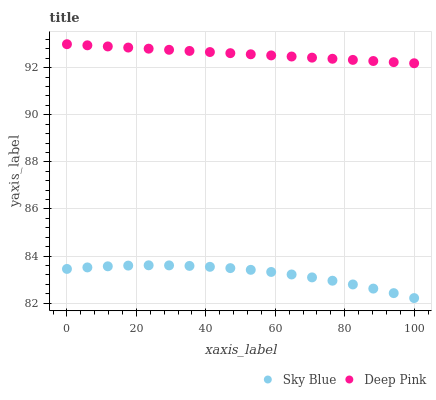
| xaxis_label | Sky Blue | Deep Pink |
 | --- | --- | --- |
 | 0 | 83.5 | 93 |
 | 5.88 | 83.5 | 93 |
 | 11.8 | 83.6 | 92.9 |
 | 17.6 | 83.6 | 92.9 |
 | 23.5 | 83.6 | 92.8 |
 | 29.4 | 83.6 | 92.8 |
 | 35.3 | 83.6 | 92.7 |
 | 41.2 | 83.5 | 92.7 |
 | 47.1 | 83.5 | 92.6 |
 | 52.9 | 83.4 | 92.6 |
 | 58.8 | 83.3 | 92.5 |
 | 64.7 | 83.2 | 92.5 |
 | 70.6 | 83.1 | 92.4 |
 | 76.5 | 83 | 92.4 |
 | 82.4 | 82.8 | 92.3 |
 | 88.2 | 82.6 | 92.3 |
 | 94.1 | 82.4 | 92.2 |
 | 100 | 82.2 | 92.2 |